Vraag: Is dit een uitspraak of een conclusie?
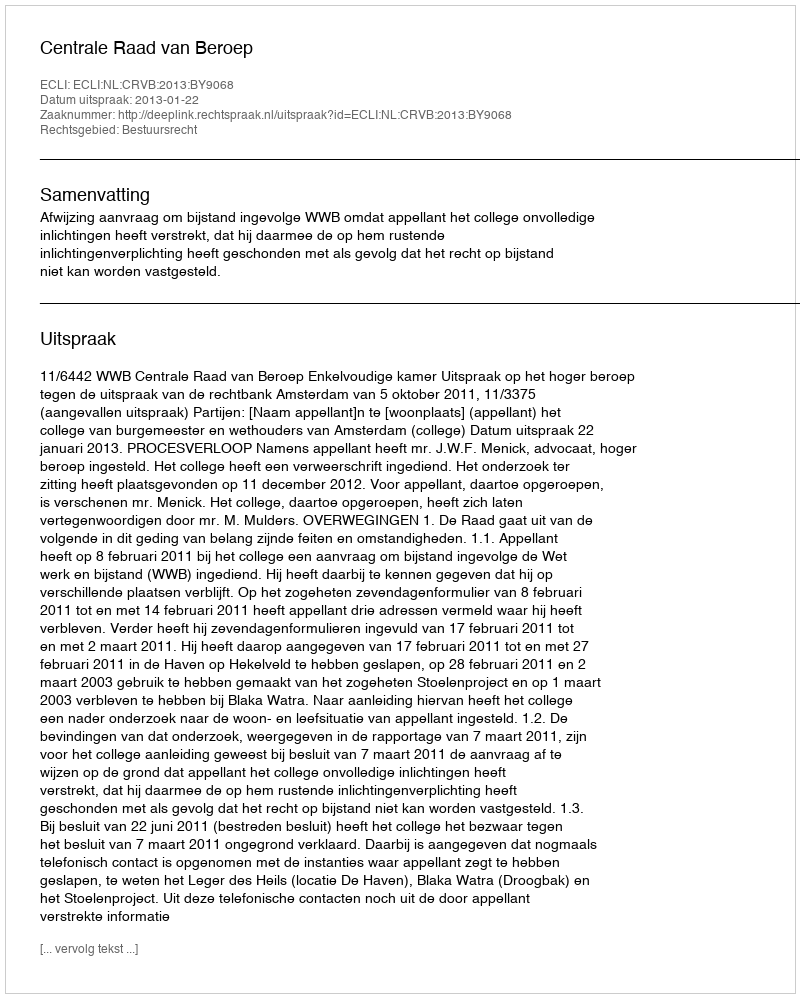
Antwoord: Uitspraak